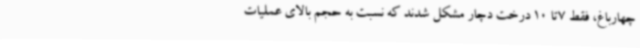
چهارباغ، فقط 7تا 10 درخت دچار مشکل شدند که نسبت به حجم بالای عملیات